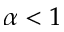
\alpha < 1